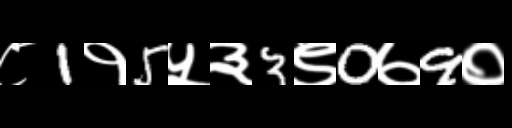
Text: ८1१5५३3९0७9०